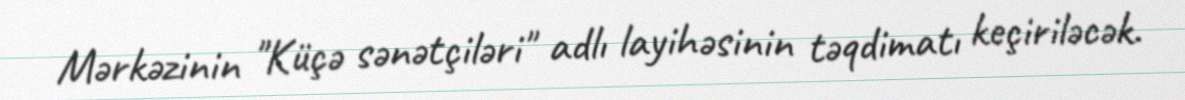
Mərkəzinin "Küçə sənətçiləri" adlı layihəsinin təqdimatı keçiriləcək.